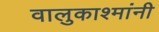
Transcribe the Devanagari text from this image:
वालुकाश्मांनी